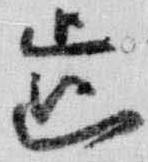
歯